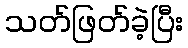
သတ်ဖြတ်ခဲ့ပြီး